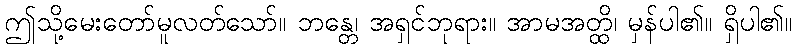
ဤသို့မေးတော်မူလတ်သော်။ ဘန္တေ၊ အရှင်ဘုရား။ အာမအတ္ထိ၊ မှန်ပါ၏။ ရှိပါ၏။